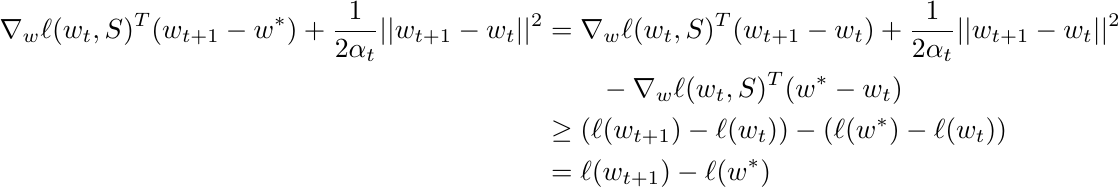
\begin{align}
    \nabla_w \ell(w_t,S)^T (w_{t+1}-w^* )  +\frac{1}{2\alpha_t} ||w_{t+1} - w_t||^2&=   \nabla_w \ell(w_t,S)^T (w_{t+1}-w_t ) +\frac{1}{2\alpha_t} ||w_{t+1} - w_t||^2 \nonumber \\ & ~~~~~~ - \nabla_w \ell(w_t,S)^T (w^*-w_t ) \nonumber  \\
    &\geq (\ell(w_{t+1}) - \ell(w_t)) - (\ell(w^*) - \ell(w_t)) \nonumber  \\ & = \ell(w_{t+1}) - \ell(w^*) \nonumber
\end{align}